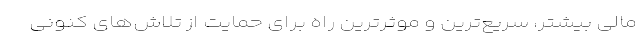
مالی بیشتر، سریع‌ترین و موثرترین راه برای حمایت از تلاش‌های کنونی